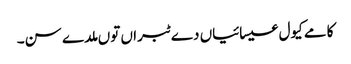
کامے کیول عیسائیاں دے ٹبراں توں ملدے سن۔